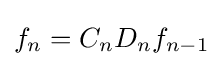
{f}_{n}={C}_{n}{D}_{n}{f}_{n-1}